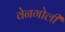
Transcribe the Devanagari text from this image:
वेनगोली